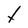
Character: t